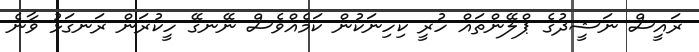
ރައީސް ނަޝީދުގެ ޕްލޭންތައް ހުރީ ކިހިނަކުން ކަމެއްވެސް ނޭނގޭ ހީކުރަން ރަނގަޅު ވާނެ